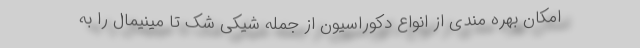
امکان بهره مندی از انواع دکوراسیون از جمله شیکی شک تا مینیمال را به